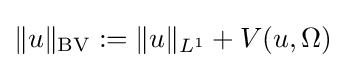
\|u\|_{\operatorname {BV} }:=\|u\|_{L^{1}}+V(u,\Omega )